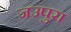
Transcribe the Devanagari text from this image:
जउपुरा